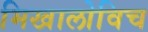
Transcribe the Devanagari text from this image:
मिखालोविच